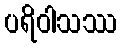
ပရိဝါသဿ